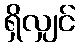
ရှိလျှင်